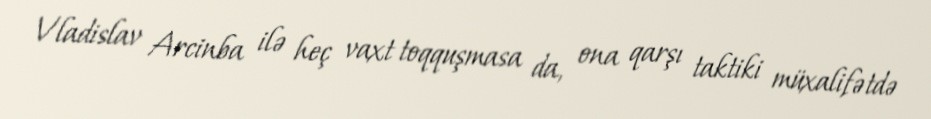
Vladislav Arcinba ilə heç vaxt toqquşmasa da, ona qarşı taktiki müxalifətdə